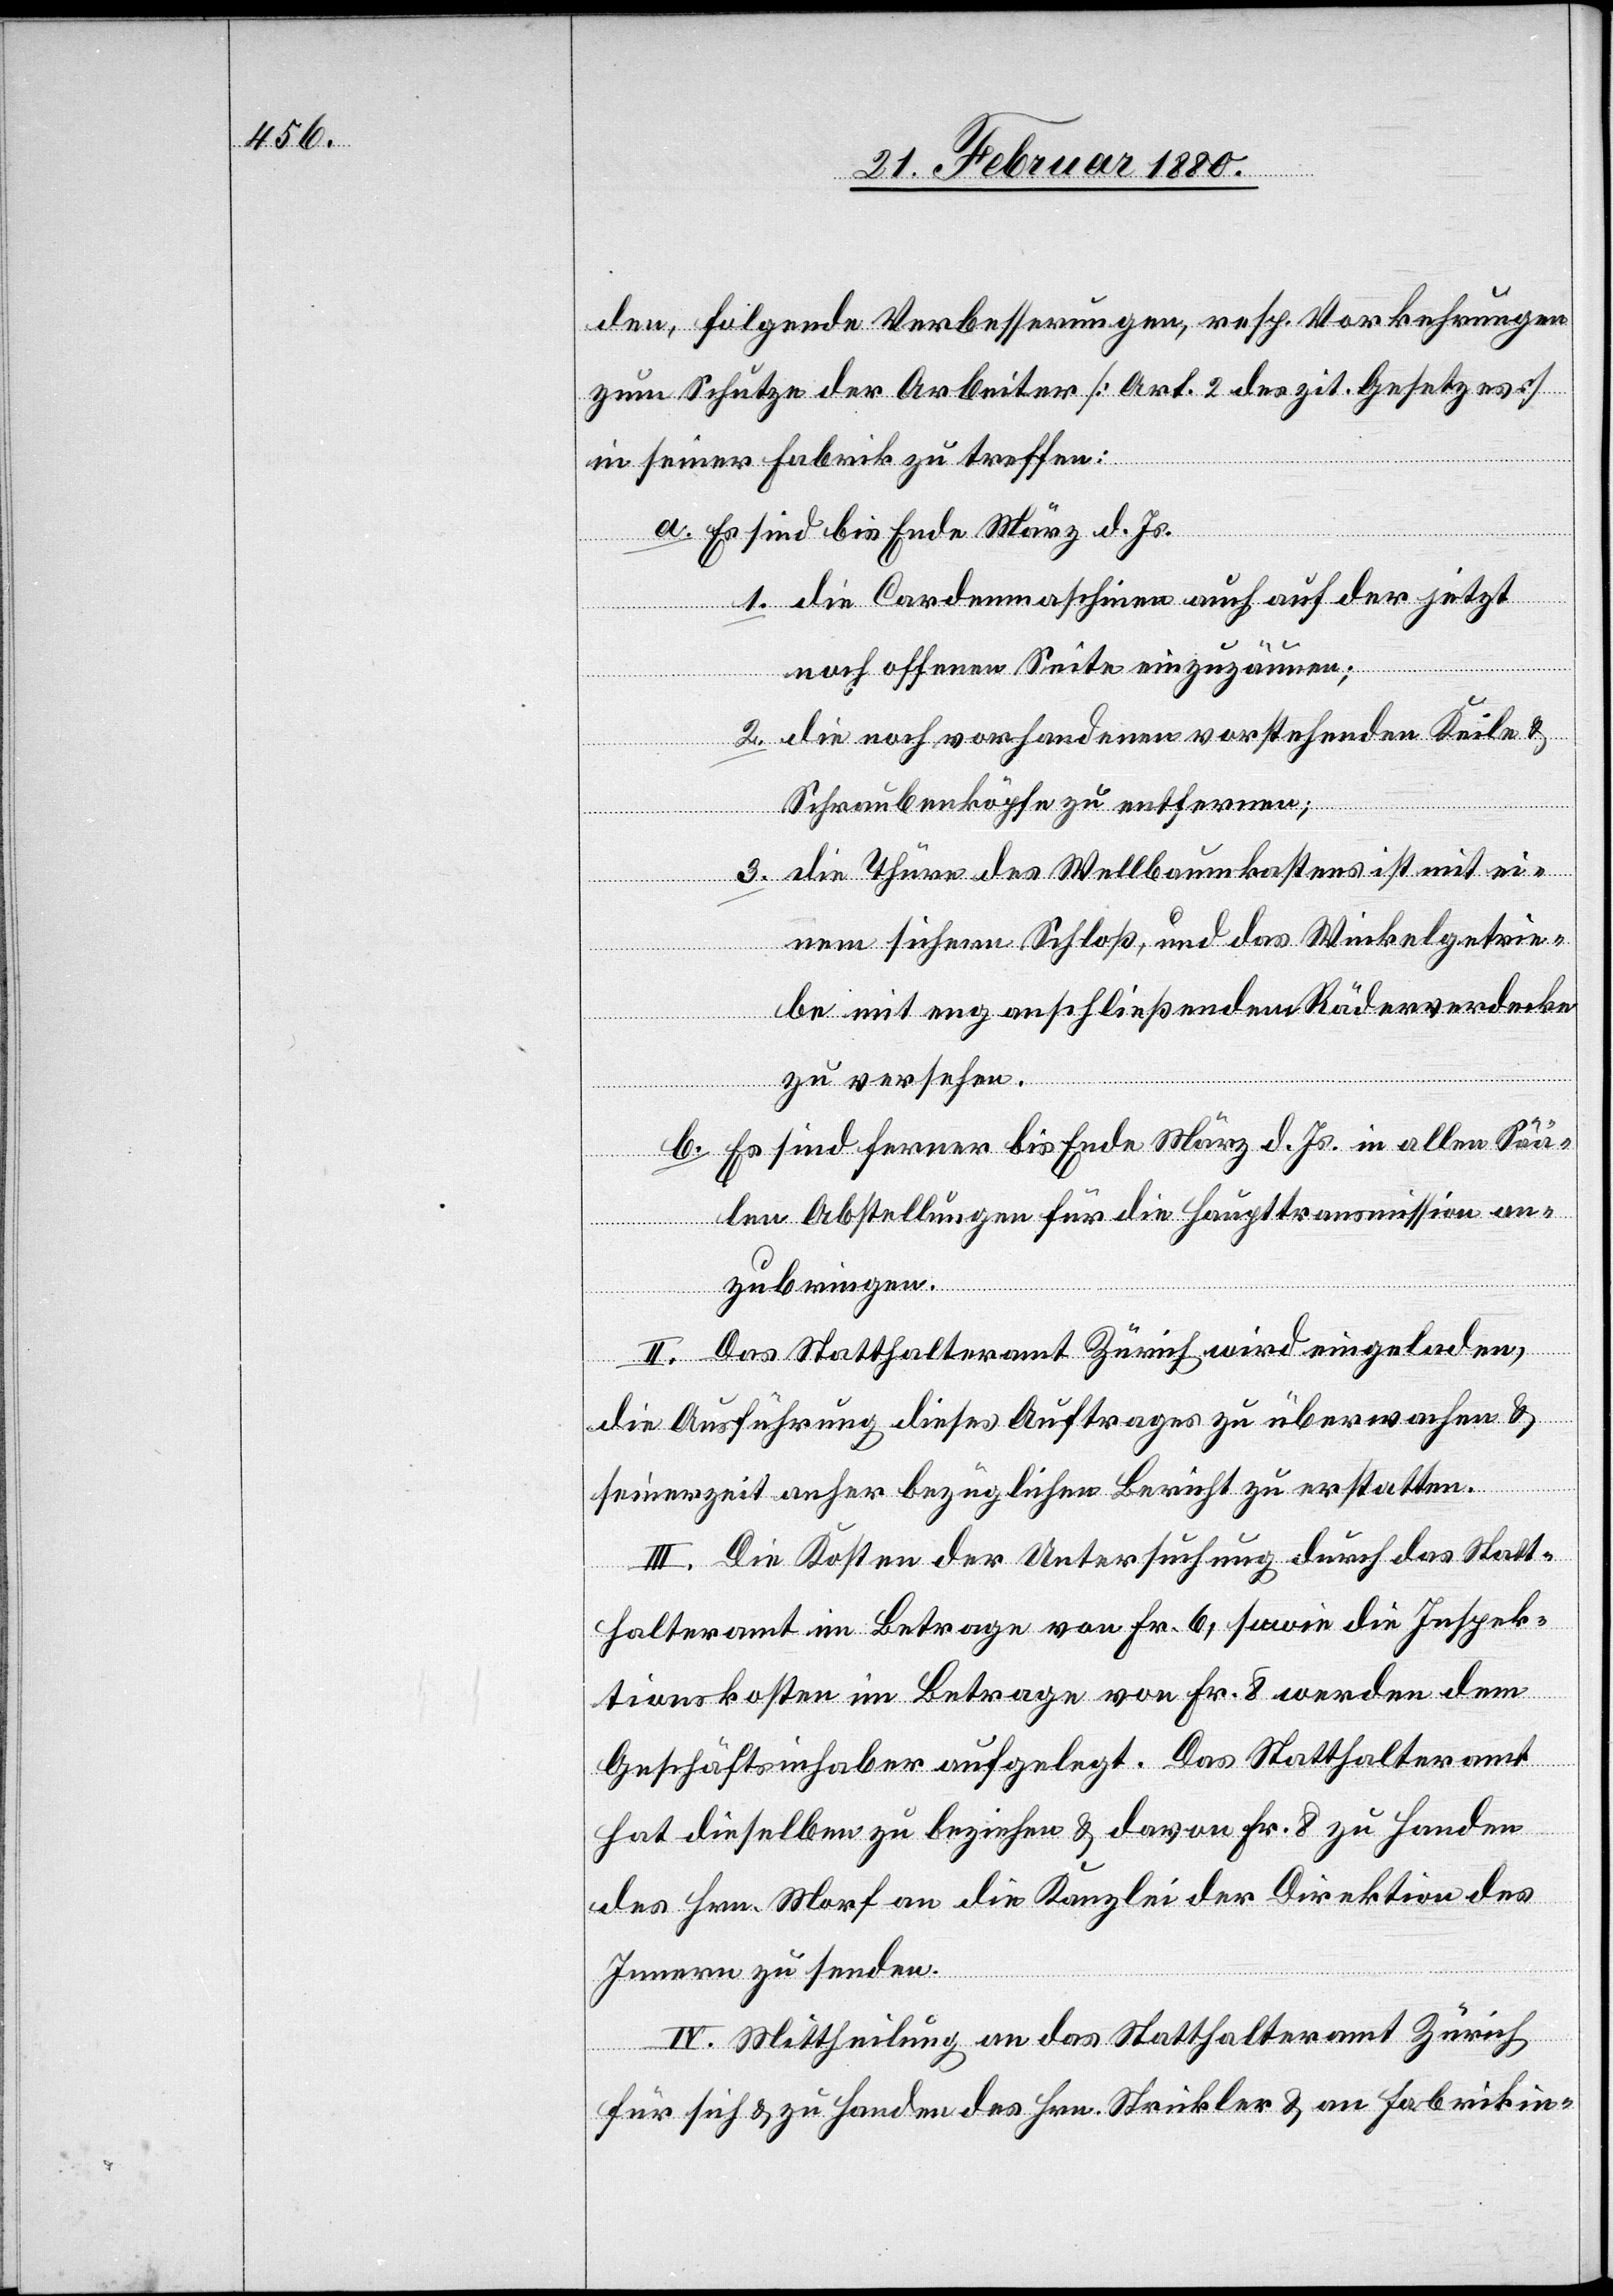
den, folgende Verbesserungen, resp. Vorkehrungen
zum Schutze der Arbeiter [Art. 2 des zit. Gesetzes]
in seiner Fabrik zu treffen:
Es sind bis Ende März d. Js.
die Cardenmaschinen auch auf der jetzt
noch offenen Seite einzuzäunen;
3.
die noch vorhandenen vorstehenden Keile &
Schraubenköpfe zu entfernen;
die Thüre des Wellbaumkastens ist mit ei¬
nem sichern Schloß, und das Winkelgetrie¬
be mit enganschließendem Räderverdecke
zu versehen.
b.
Es sind ferner bis Ende März d. Js. in allen Sää¬
len Abstellungen für die Haupttransmission an¬
zubringen.
II. Das Statthalteramt Zürich wird eingeladen,
die Ausführung dieses Auftrages zu überwachen &
seinerzeit anher bezüglichen Bericht zu erstatten.
III. Die Kosten der Untersuchung durch das Statt¬
halteramt im Betrage von Fr. 6, sowie die Inspek¬
tionskosten im Betrage von Fr. 8 werden dem
Geschäftsinhaber aufgelegt. Das Statthalteramt
hat dieselben zu beziehen & davon Fr. 8 zu Handen
des Hrn. Morf an die Kanzlei der Direktion des
Innern zu senden.
IV. Mittheilung an das Statthalteramt Zürich
für sich & zu Handen des Hrn. Strickler & an Fabrikin-